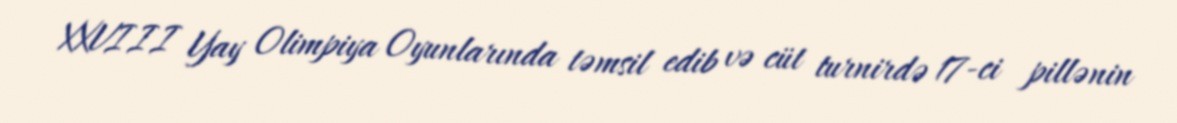
XXVIII Yay Olimpiya Oyunlarında təmsil edib və cüt turnirdə 17-ci pillənin